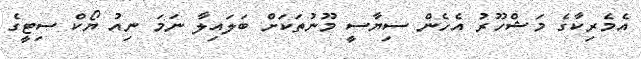
އެމެރިކާގެ މަޝްހޫރު އެހެން ސިޔާސީ މޫނުތަކަށް ބަލައިލާ ނަމަ ނިއު ޔޯކް ސިޓީގެ